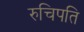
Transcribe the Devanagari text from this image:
रुचिपति